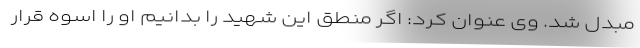
مبدل شد. وی عنوان کرد: اگر منطق این شهید را بدانیم او را اسوه قرار